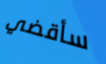
سأقضي